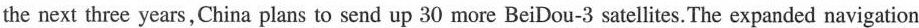
the next three years,China plans to send up 30 more BeiDou-3 satellites. The expanded navigation